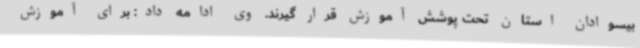
بیسوادان استان تحت پوشش آموزش قرار گیرند. وی ادامه داد: برای آموزش